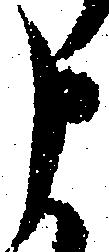
申